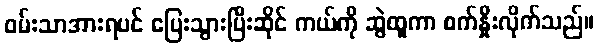
ဝမ်းသာအားရပင် ပြေးသွားပြီးဆိုင် ကယ်ကို ဆွဲထူကာ စက်နှိုးလိုက်သည်။